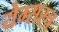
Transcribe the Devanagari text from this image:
येम्सरच